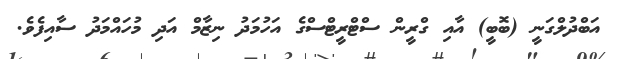
އަބްދުލްގަނީ (ބޮބީ) އާއި ގްރީން ސްޓްރީޓްސްގެ އަހުމަދު ނިޒާމް އަދި މުހައްމަދު ސާއިފެވެ.